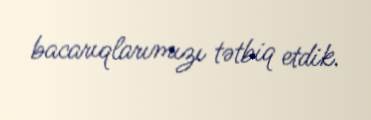
bacarıqlarımızı tətbiq etdik.